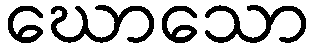
ဃောသော